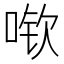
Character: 𫪽